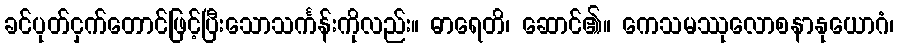
ခင်ပုတ်ငှက်တောင်ဖြင့်ပြီးသောသင်္ကန်းကိုလည်း။ ဓာရေတိ၊ ဆောင်၏။ ကေသမဿုလောစနာနုယောဂံ၊